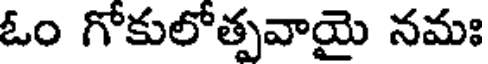
ఓం గోకులోత్పవాయై నమః